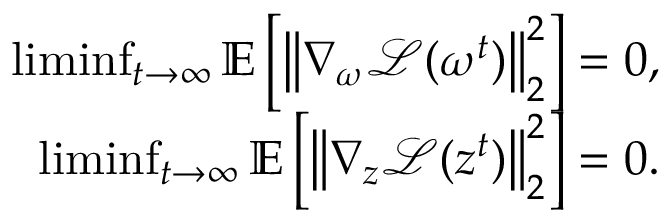
\begin{array} { r } { \operatorname* { l i m i n f } _ { t \rightarrow \infty } \mathbb { E } \left[ \left\| \nabla _ { \omega } \mathcal { L } ( \omega ^ { t } ) \right\| _ { 2 } ^ { 2 } \right] = 0 , } \\ { \operatorname* { l i m i n f } _ { t \rightarrow \infty } \mathbb { E } \left[ \left\| \nabla _ { z } \mathcal { L } ( z ^ { t } ) \right\| _ { 2 } ^ { 2 } \right] = 0 . } \end{array}